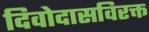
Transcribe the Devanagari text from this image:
दिवोदासविरक्त